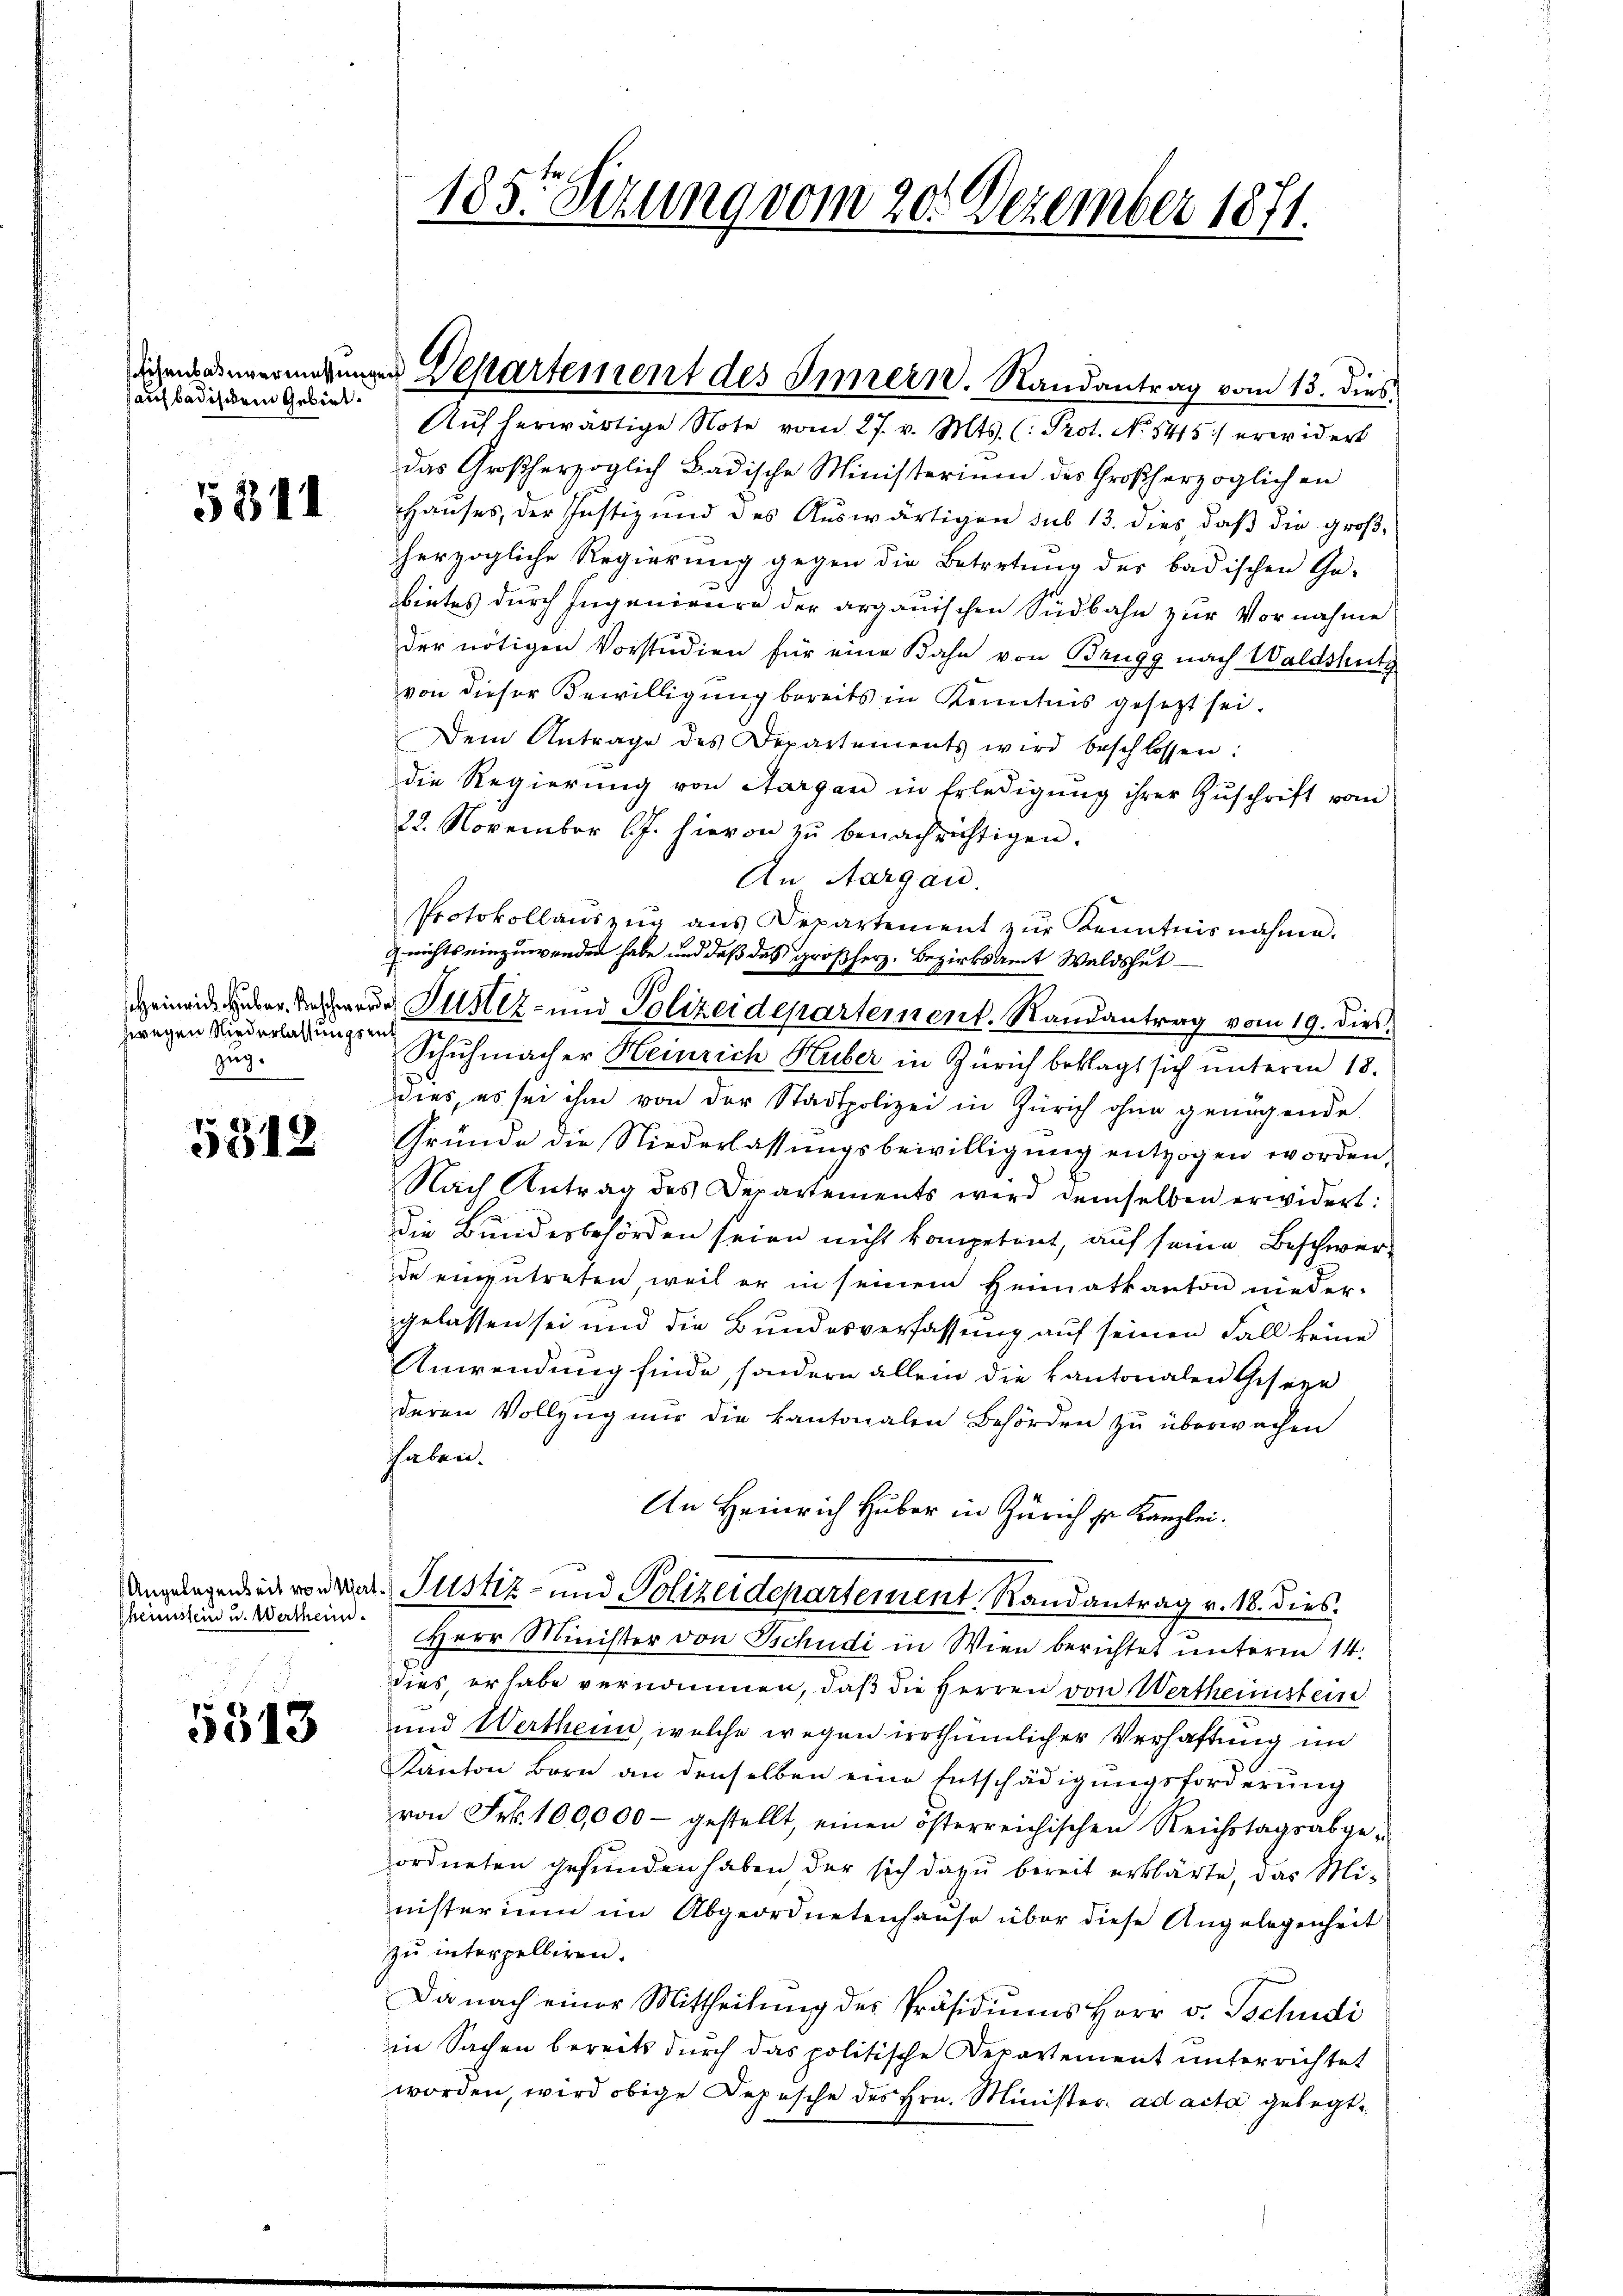
auf badischem Gebiet.

5311

zwegen Niederlassungsent
zug.

5312

heimstein u. Wertheim.

5513

185. Sizung vom 20. Dezember 1871.

demandereringungen Departement des Innern. Randantrag vom 13. dies

Aŭf herwärtige Note vom 27. v. Mts. (: Prot. No 145 erwidert
das Großherzoglich Badische Ministerium des Großherzoglichen
Hauses, der Justiz und des Auswärtigen sub 13. dies, daß die großherzogliche Regierŭng gegen die Betretŭng der badischen Ge-
bietes durch Ingenieure der argauischen Südbahn zur Vornahme
der nötigen Vorstudien für eine Bahn von Brugg nach Waldshutz
von dieser Bewilligung bereits in Kenntnis gesezt sei.
Dem Antrage des Departements wird beschlossen:
die Regierung von Aargau in Erledigung ihrer Zŭschrift vom
22. November l.J. hievon zu benachrichtigen.
An Aargau.
Protokollaŭszŭg ans Departement zŭr Kenntnisnahme.
9 nichts einzuwenden habe und daß das großherz. Bezirksamt Waldshut
Heinande aber der Justiz- und Polizeidepartement. Randantrag vom 19. dies
Schŭhmacher Heinrich Huber in Zürich beklagt sich unterm 13.
dees, es sei ihm von der Stadtpolizei in Zürich ohne genügende
Gründe die Niederlassŭngsbewilligŭng entzogen worden,
Nach Antrag des Departements wird demselben erwidert:
die Bundesbehörden seien nicht kompetent, auf seine Beschwer-
de einzutreten, weil er in seinem Heimatkanton nieder-
gelassen sei und die Bundesverfassung auf seinen Fall keine
Anwendung finde, sondern allein die kantonalen Geseze
deren Vollzug nur die Kantonalen Behörden zu überwachen
haben.
An Heinrich Huber in Zürich sr. Kanzlei.
Angelegenden von war. Justiz- und Polizeidepartement Randantrag v. 18. dies
Herr Minister von Schudi in Wien berichtet unterm 14.
dies, er habe vernommen, daß die Herren von Wertheimstein
und Wertheim, welche wegen irrthümlicher Verhaftung in
Kanton Bern an denselben eine Entschädigungsforderung
von Frk. 100,000 - gestellt, einen österreichischen Reichstagsabge-
ordneten gefunden haben der sich dazu bereit erklärte, das Mi-
nisterium im Abgeordnetenhause über diese Angelegenheit
zŭ interpelliren.
Da nach einer Mittheilung des Präsidiums Herr v. Tschudi
in Sachen bereits durch das politische Departement unterrichtet
worden, wird obige Depesche des Hrn. Minister ad acta gelegt,